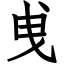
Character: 曵